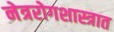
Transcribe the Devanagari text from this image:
नेत्ररोगशास्त्रात